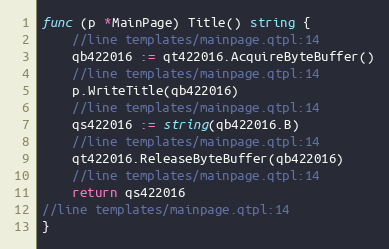
Language: Go
func (p *MainPage) Title() string {
	//line templates/mainpage.qtpl:14
	qb422016 := qt422016.AcquireByteBuffer()
	//line templates/mainpage.qtpl:14
	p.WriteTitle(qb422016)
	//line templates/mainpage.qtpl:14
	qs422016 := string(qb422016.B)
	//line templates/mainpage.qtpl:14
	qt422016.ReleaseByteBuffer(qb422016)
	//line templates/mainpage.qtpl:14
	return qs422016
//line templates/mainpage.qtpl:14
}